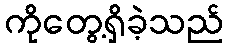
ကိုတွေ့ရှိခဲ့သည်